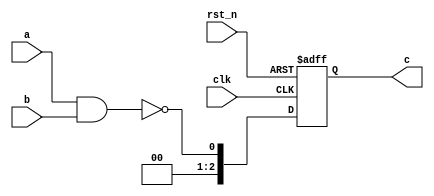
// file file_T01.v
module file_01 (clk, rst_n, a, b, c);

//parameter
parameter DATA_WIDTH = 3;

//input
input clk;
input rst_n;
input  [DATA_WIDTH-1:0]a;
input  [DATA_WIDTH-1:0]b;

//output
output [DATA_WIDTH-1:0]c;
reg    [DATA_WIDTH-1:0]c;

//internal signal

wire [DATA_WIDTH-1:0]d;

//Main function

assign d = !(a & b);  //NAND logic

always@(posedge clk or negedge rst_n) begin // D Flip Flop
    if(rst_n == 1'b0) begin
        c <= 3'b000;
    end
    else begin
        c <= d;
    end
end

endmodule